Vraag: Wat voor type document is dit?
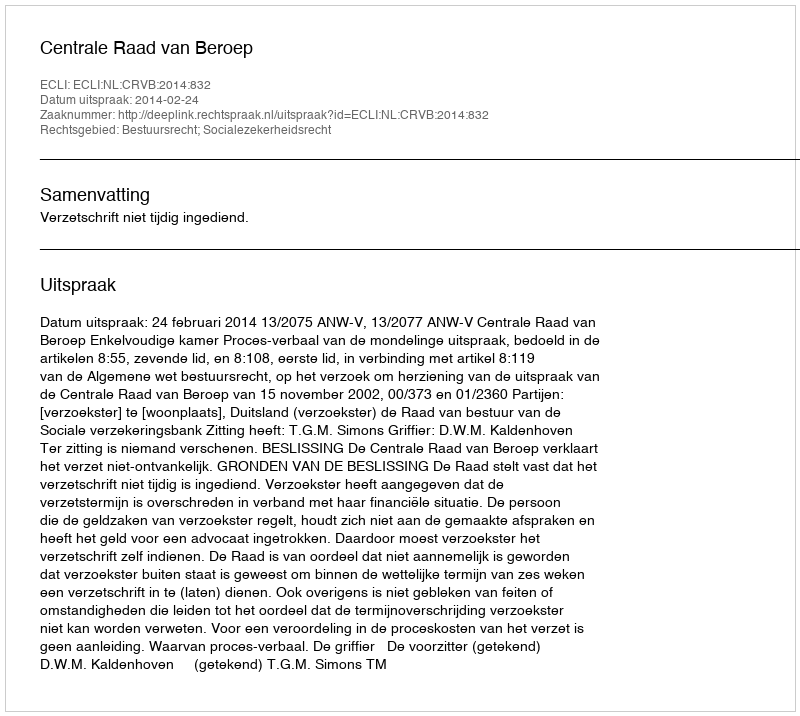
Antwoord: Uitspraak